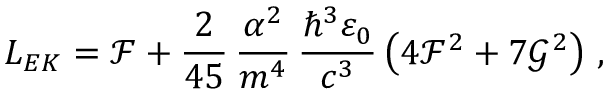
L _ { E K } = \mathcal { F } + \frac { 2 } { 4 5 } \, \frac { \alpha ^ { 2 } } { m ^ { 4 } } \, \frac { \hbar ^ { 3 } \varepsilon _ { 0 } } { c ^ { 3 } } \left( 4 \mathcal { F } ^ { 2 } + 7 \mathcal { G } ^ { 2 } \right) \, ,